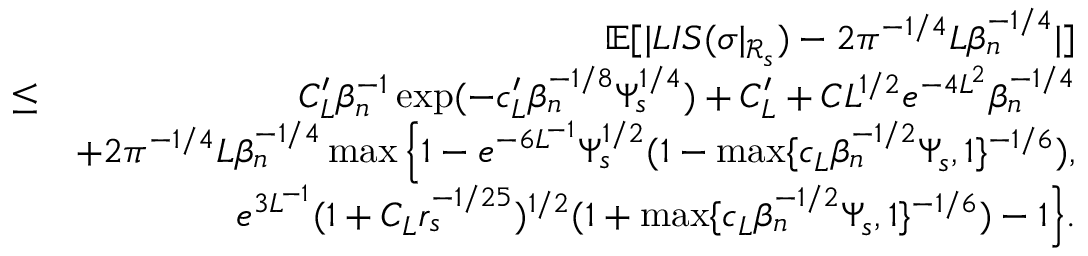
\begin{array} { r l r } & { } & { \mathbb { E } [ | L I S ( \sigma | _ { \mathcal { R } _ { s } } ) - 2 \pi ^ { - 1 \slash 4 } L \beta _ { n } ^ { - 1 \slash 4 } | ] } \\ & { \leq } & { C _ { L } ^ { \prime } \beta _ { n } ^ { - 1 } \exp ( - c _ { L } ^ { \prime } \beta _ { n } ^ { - 1 \slash 8 } \Psi _ { s } ^ { 1 \slash 4 } ) + C _ { L } ^ { \prime } + C L ^ { 1 \slash 2 } e ^ { - 4 L ^ { 2 } } \beta _ { n } ^ { - 1 \slash 4 } } \\ & { } & { + 2 \pi ^ { - 1 \slash 4 } L \beta _ { n } ^ { - 1 \slash 4 } \operatorname* { m a x } \Big \{ 1 - e ^ { - 6 L ^ { - 1 } } \Psi _ { s } ^ { 1 \slash 2 } ( 1 - \operatorname* { m a x } \{ c _ { L } \beta _ { n } ^ { - 1 \slash 2 } \Psi _ { s } , 1 \} ^ { - 1 \slash 6 } ) , } \\ & { } & { \quad \quad e ^ { 3 L ^ { - 1 } } ( 1 + C _ { L } r _ { s } ^ { - 1 \slash 2 5 } ) ^ { 1 \slash 2 } ( 1 + \operatorname* { m a x } \{ c _ { L } \beta _ { n } ^ { - 1 \slash 2 } \Psi _ { s } , 1 \} ^ { - 1 \slash 6 } ) - 1 \Big \} . } \end{array}